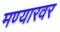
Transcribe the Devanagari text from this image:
मण्यारवर